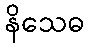
နိသေဓ